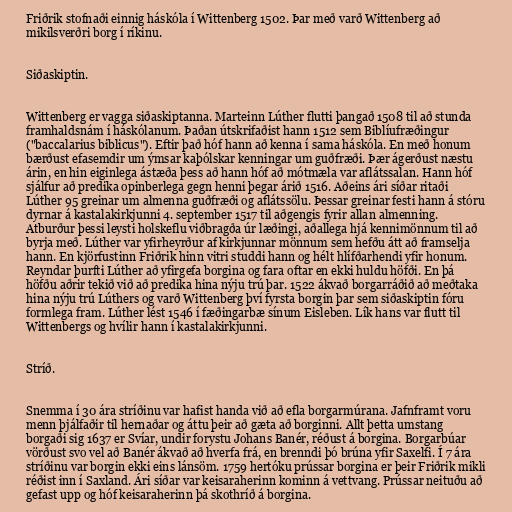
Friðrik stofnaði einnig háskóla í Wittenberg 1502. Þar með varð Wittenberg að
mikilsverðri borg í ríkinu.

Siðaskiptin.

Wittenberg er vagga siðaskiptanna. Marteinn Lúther flutti þangað 1508 til að stunda
framhaldsnám í háskólanum. Þaðan útskrifaðist hann 1512 sem Biblíufræðingur
("baccalarius biblicus"). Eftir það hóf hann að kenna í sama háskóla. En með honum
bærðust efasemdir um ýmsar kaþólskar kenningar um guðfræði. Þær ágerðust næstu
árin, en hin eiginlega ástæða þess að hann hóf að mótmæla var aflátssalan. Hann hóf
sjálfur að predika opinberlega gegn henni þegar árið 1516. Aðeins ári síðar ritaði
Lúther 95 greinar um almenna guðfræði og aflátssölu. Þessar greinar festi hann á stóru
dyrnar á kastalakirkjunni 4. september 1517 til aðgengis fyrir allan almenning.
Atburður þessi leysti holskeflu viðbragða úr læðingi, aðallega hjá kennimönnum til að
byrja með. Lúther var yfirheyrður af kirkjunnar mönnum sem hefðu átt að framselja
hann. En kjörfustinn Friðrik hinn vitri studdi hann og hélt hlífðarhendi yfir honum.
Reyndar þurfti Lúther að yfirgefa borgina og fara oftar en ekki huldu höfði. En þá
höfðu aðrir tekið við að predika hina nýju trú þar. 1522 ákvað borgarráðið að meðtaka
hina nýju trú Lúthers og varð Wittenberg því fyrsta borgin þar sem siðaskiptin fóru
formlega fram. Lúther lést 1546 í fæðingarbæ sínum Eisleben. Lík hans var flutt til
Wittenbergs og hvílir hann í kastalakirkjunni.

Stríð.

Snemma í 30 ára stríðinu var hafist handa við að efla borgarmúrana. Jafnframt voru
menn þjálfaðir til hernaðar og áttu þeir að gæta að borginni. Allt þetta umstang
borgaði sig 1637 er Svíar, undir forystu Johans Banér, réðust á borgina. Borgarbúar
vörðust svo vel að Banér ákvað að hverfa frá, en brenndi þó brúna yfir Saxelfi. Í 7 ára
stríðinu var borgin ekki eins lánsöm. 1759 hertóku prússar borgina er þeir Friðrik mikli
réðist inn í Saxland. Ári síðar var keisaraherinn kominn á vettvang. Prússar neituðu að
gefast upp og hóf keisaraherinn þá skothríð á borgina.